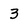
Character: 3